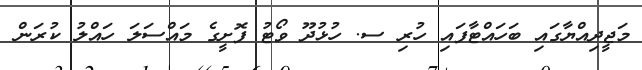
މަޖީދިއްޔާގައި ބަހައްޓާފައި ހުރި ސ. ހުޅުދޫ ވޯޓު ފޮށީގެ މައްސަލަ ހައްލު ކުރަން